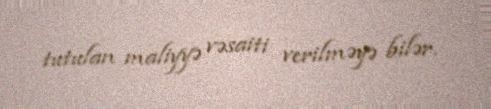
tutulan maliyyə vəsaiti verilməyə bilər.